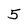
Character: 5